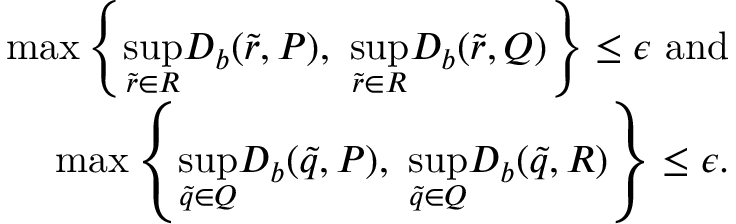
\begin{array} { r l r } & { } & { \operatorname* { m a x } \left\{ \underset { \Tilde { r } \in R } { \operatorname* { s u p } } D _ { b } ( \Tilde { r } , P ) , ~ \underset { \Tilde { r } \in R } { \operatorname* { s u p } } D _ { b } ( \Tilde { r } , Q ) \right\} \leq \epsilon ~ \mathrm { a n d } } \\ & { } & { \operatorname* { m a x } \left\{ \underset { \Tilde { q } \in Q } { \operatorname* { s u p } } D _ { b } ( \Tilde { q } , P ) , ~ \underset { \Tilde { q } \in Q } { \operatorname* { s u p } } D _ { b } ( \Tilde { q } , R ) \right\} \leq \epsilon . } \end{array}